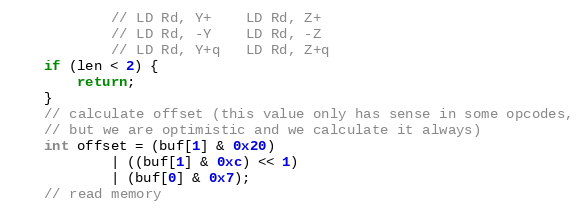
Language: C
			// LD Rd, Y+	LD Rd, Z+
			// LD Rd, -Y	LD Rd, -Z
			// LD Rd, Y+q	LD Rd, Z+q
	if (len < 2) {
		return;
	}
	// calculate offset (this value only has sense in some opcodes,
	// but we are optimistic and we calculate it always)
	int offset = (buf[1] & 0x20)
			| ((buf[1] & 0xc) << 1)
			| (buf[0] & 0x7);
	// read memory